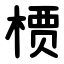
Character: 槚